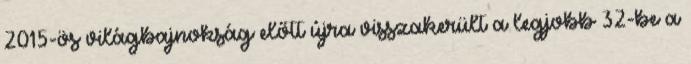
2015-ös világbajnokság előtt újra visszakerült a legjobb 32-be a